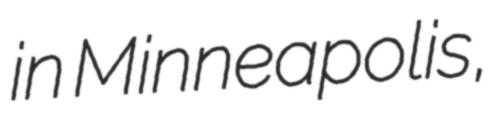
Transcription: in Minneapolis,